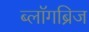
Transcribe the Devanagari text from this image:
ब्लॉगब्रिज